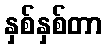
နှစ်နှစ်တာ